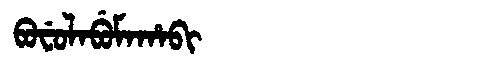
Manchu: ᠪᠣᠸᡠᠯᠠᠪᡠᠮᠠᡥᠠᠪᡳ
Romanization: BOFULABUMAHABI